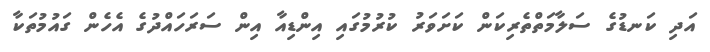
އަދި ކަނޑުގެ ސަލާމަތްތެރިކަން ކަށަވަރު ކުރުމުގައި އިންޑިއާ އިން ސަރަހައްދުގެ އެހެން ގައުމުތަކާ